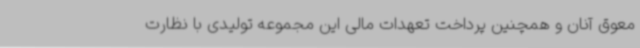
معوق آنان و همچنین پرداخت تعهدات مالی این مجموعه تولیدی با نظارت